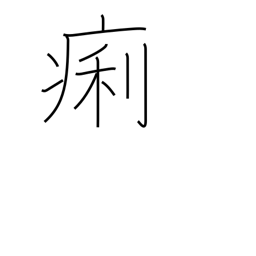
Meaning: diarrhea